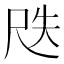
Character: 𡱛